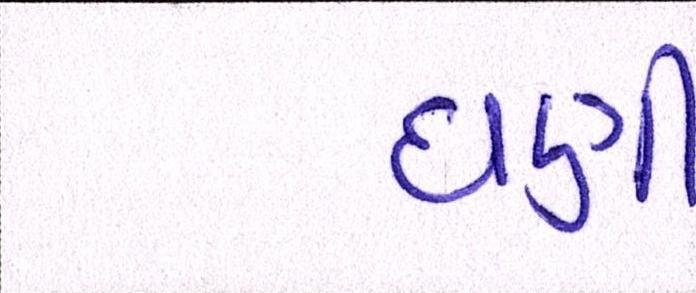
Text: ઘણી